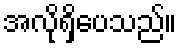
အလိုရှိပေသည်။